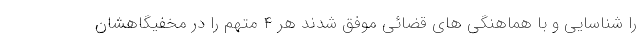
را شناسایی و با هماهنگی های قضائی موفق شدند هر ۴ متهم را در مخفیگاهشان